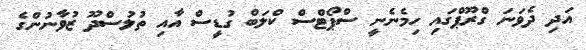
އަދި ދެވަނަ ގްރޫޕްގައި ހިމެނެނީ ސްޕޯޓްސް ކްލަބް ގުޑީސް އާއި ތުލުސްދޫ ޒުވާނުންގެ